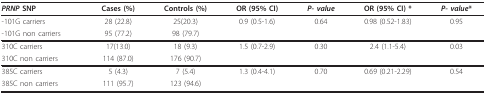
| PRNP SNP | Cases (%) | Controls (%) | OR (95% CI) | P- value | OR (95% CI) * | P- value* |
 | --- | --- | --- | --- | --- | --- | --- |
 | -101G carriers | 28 (22.8) | 25(20.3) | 0.9 (0.5-1.6) | 0.64 | 0.98 (0.52-1.83) | 0.95 |
 | -101G non carriers | 95 (77.2) | 98 (79.7) |  |  |  |  |
 | 310C carriers | 17(13.0) | 18 (9.3) | 1.5 (0.7-2.9) | 0.30 | 2.4 (1.1-5.4) | 0.03 |
 | 310C non carriers | 114 (87.0) | 176 (90.7) |  |  |  |  |
 | 385C carriers | 5 (4.3) | 7 (5.4) | 1.3 (0.4-4.1) | 0.70 | 0.69 (0.21-2.29) | 0.54 |
 | 385C non carriers | 111 (95.7) | 123 (94.6) |  |  |  |  |